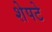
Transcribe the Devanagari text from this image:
शेपटे